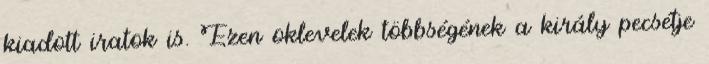
kiadott iratok is. Ezen oklevelek többségének a király pecsétje